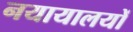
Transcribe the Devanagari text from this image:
नयायालयों